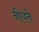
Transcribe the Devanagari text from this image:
नीयते